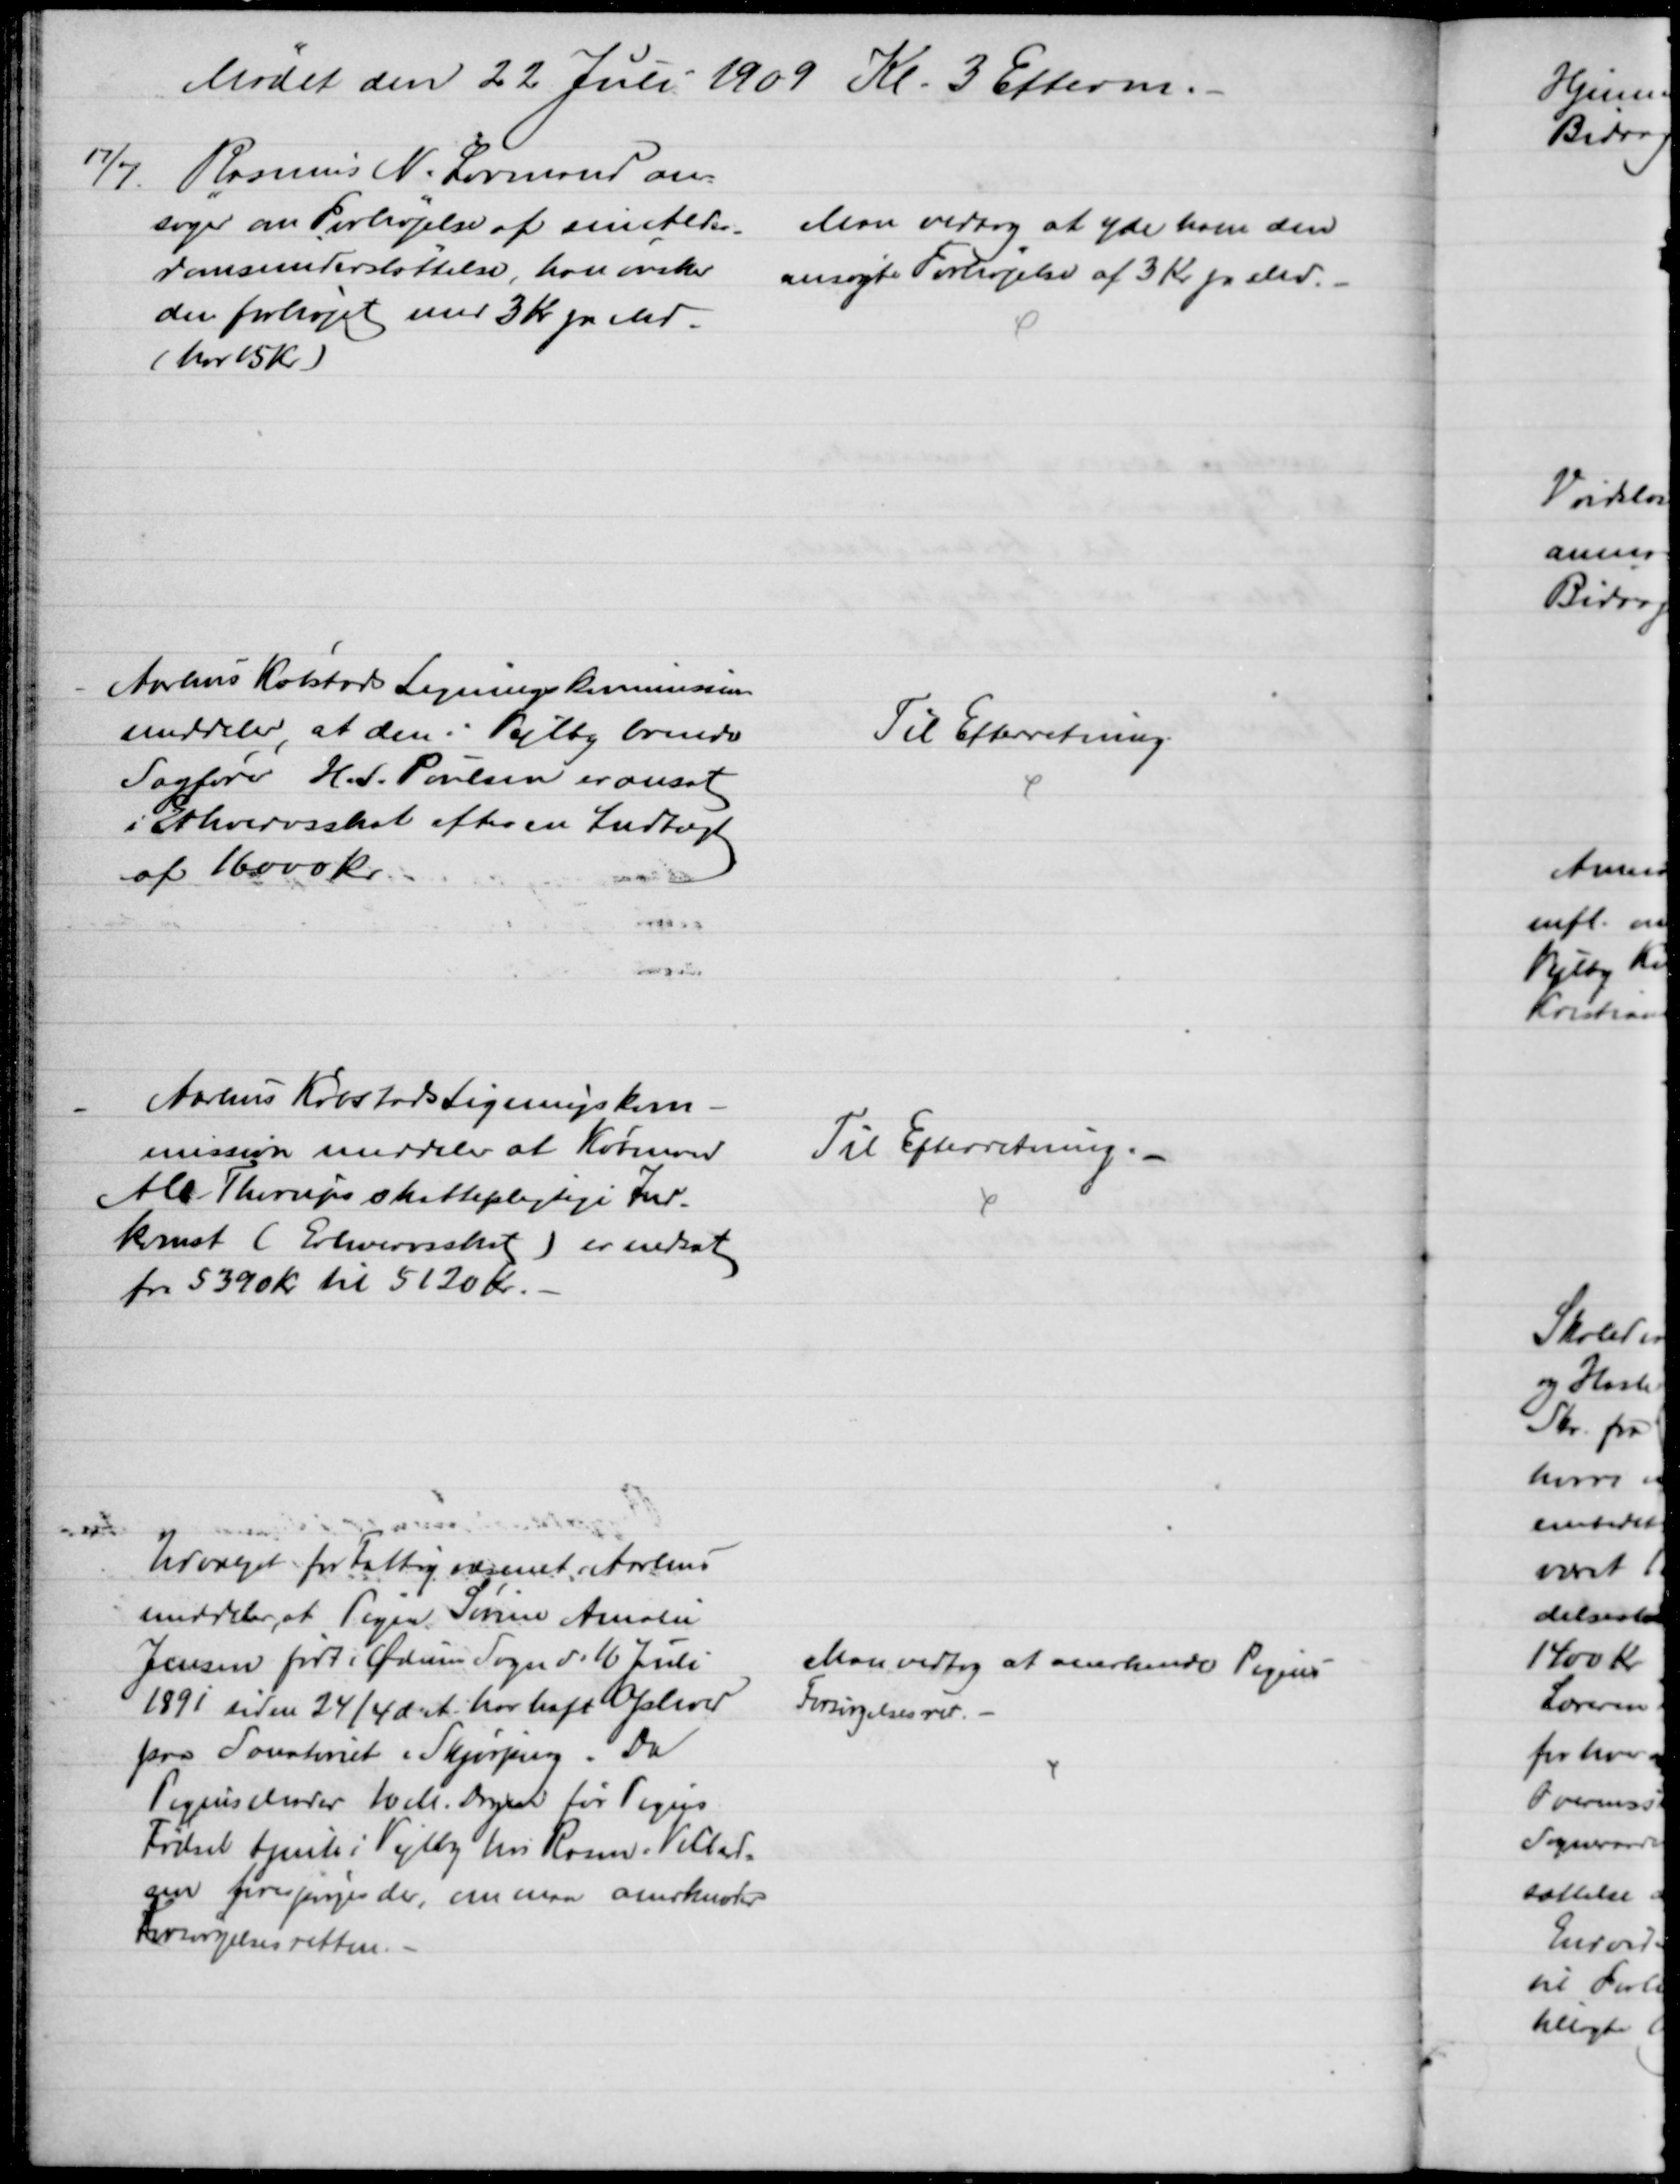
Transskription:
Mødet den 22 Juli 1909 Kl. 3 Efterm.
17/7.
Rasmus N. Lovmand an-
søger om Forhøjelse af sin Alder-
domsunderstøttelse, han ønsker
den forhøjet med 3 Kr pr. Md.
(har 15 Kr)
Man vedtog at yde ham den
ansøgte Forhøjelse af 3 Kr. pr Md.
Aarhus Købstads Ligningskommission
meddeler, at den i Vejlby boende
Sagfører H. S. Poulsen er ansat
i Erhvervsskat efter en Indtægt
af 16000 kr.
Til Efterretning.
Aarhus Købstads Ligningskom-
mission meddeler at Købmand
Alb Thorups skattepligtige Ind-
komst (Erhvervsskat) er nedsat
fra 5390 Kr til 5120 Kr.
Til Efterretning.
Udvalget for Fattigvæsenet i Aarhus
meddeler at Pigen Sørine Amalie
Jensen født i Ødum Sogn d. 16 Juli
1891 siden 24/4 d. A. har haft Ophold
paa Sanatoriet i Skjørping. Da
Pigens Moder 10 M. Dagen for Pigens
Fødsel tjente i Vejlby hos Rasm. Villad=
sen forespørges der, om man anerkender
Forsørgelsesretten. 
Man vedtog at anerkende Pigens
Forsørgelsesret.